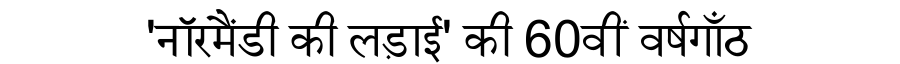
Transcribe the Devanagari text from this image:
'नॉरमैंडी की लड़ाई' की 60वीं वर्षगाँठ